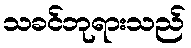
သခင်ဘုရားသည်